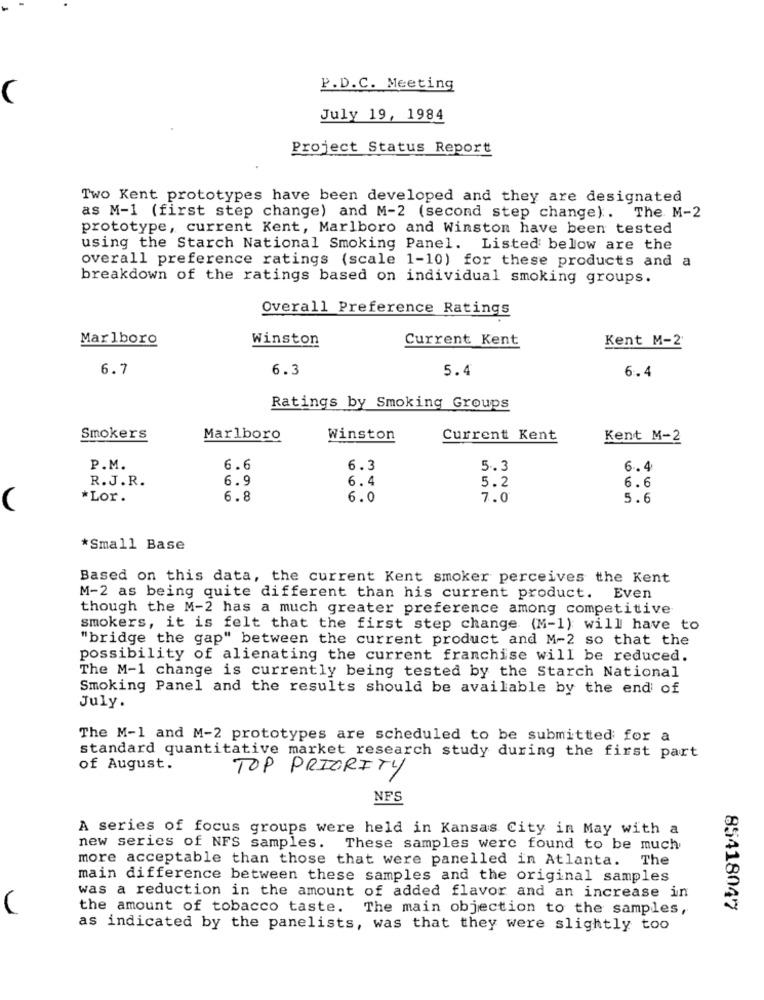
P.D.C. Meeting
(
July 19, 1984
Project Status Report
Two Kent prototypes have been developed and they are designated
as M-1 (first step change) and M-2 (second step change). The M-2
prototype, current Kent, Marlboro and Winston have been tested
using the Starch National Smoking Panel. Listed below are the
overall preference ratings (scale 1-10) for these products and a
breakdown of the ratings based on individual smoking groups.
Overall Preference Ratings
Marlboro
Winston
Current Kent
Kent M-2'
6.7
6.3
5.4
6.4
Ratings by Smoking Groups
Smokers
Marlboro
Winston
Current Kent
Kent M-2
P.M.
6.6
6.3
5.3
6.4
6.9
6.4
5.2
6.6
R.J.R.
*Lor.
6.8
6.0
7.0
5.6
*Small Base
Based on this data, the current Kent smoker perceives the Kent
M-2 as being quite different than his current product. Even
though the M-2 has a much greater preference among competitive
smokers, it is felt that the first step change (M-1) will have to
"bridge the gap" between the current product and M-2 so that the
possibility of alienating the current franchise will be reduced.
The M-1 change is currently being tested by the Starch National
Smoking Panel and the results should be available by the end of
July.
The M-1 and M-2 prototypes are scheduled to be submitted for a
standard quantitative market research study during the first part
of August.
TOP PRIORITY
NFS
A series of focus groups were held in Kansas City in May with a
new series of NFS samples. These samples were found to be much
more acceptable than those that were panelled in Atlanta.
The
main difference between these samples and the original samples
was a reduction in the amount of added flavor and an increase in
the amount of tobacco taste. The main objection to the samples,
85418047
as indicated by the panelists, was that they were slightly too